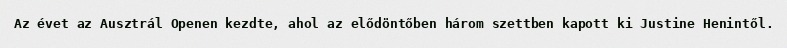
Az évet az Ausztrál Openen kezdte, ahol az elődöntőben három szettben kapott ki Justine Henintől.